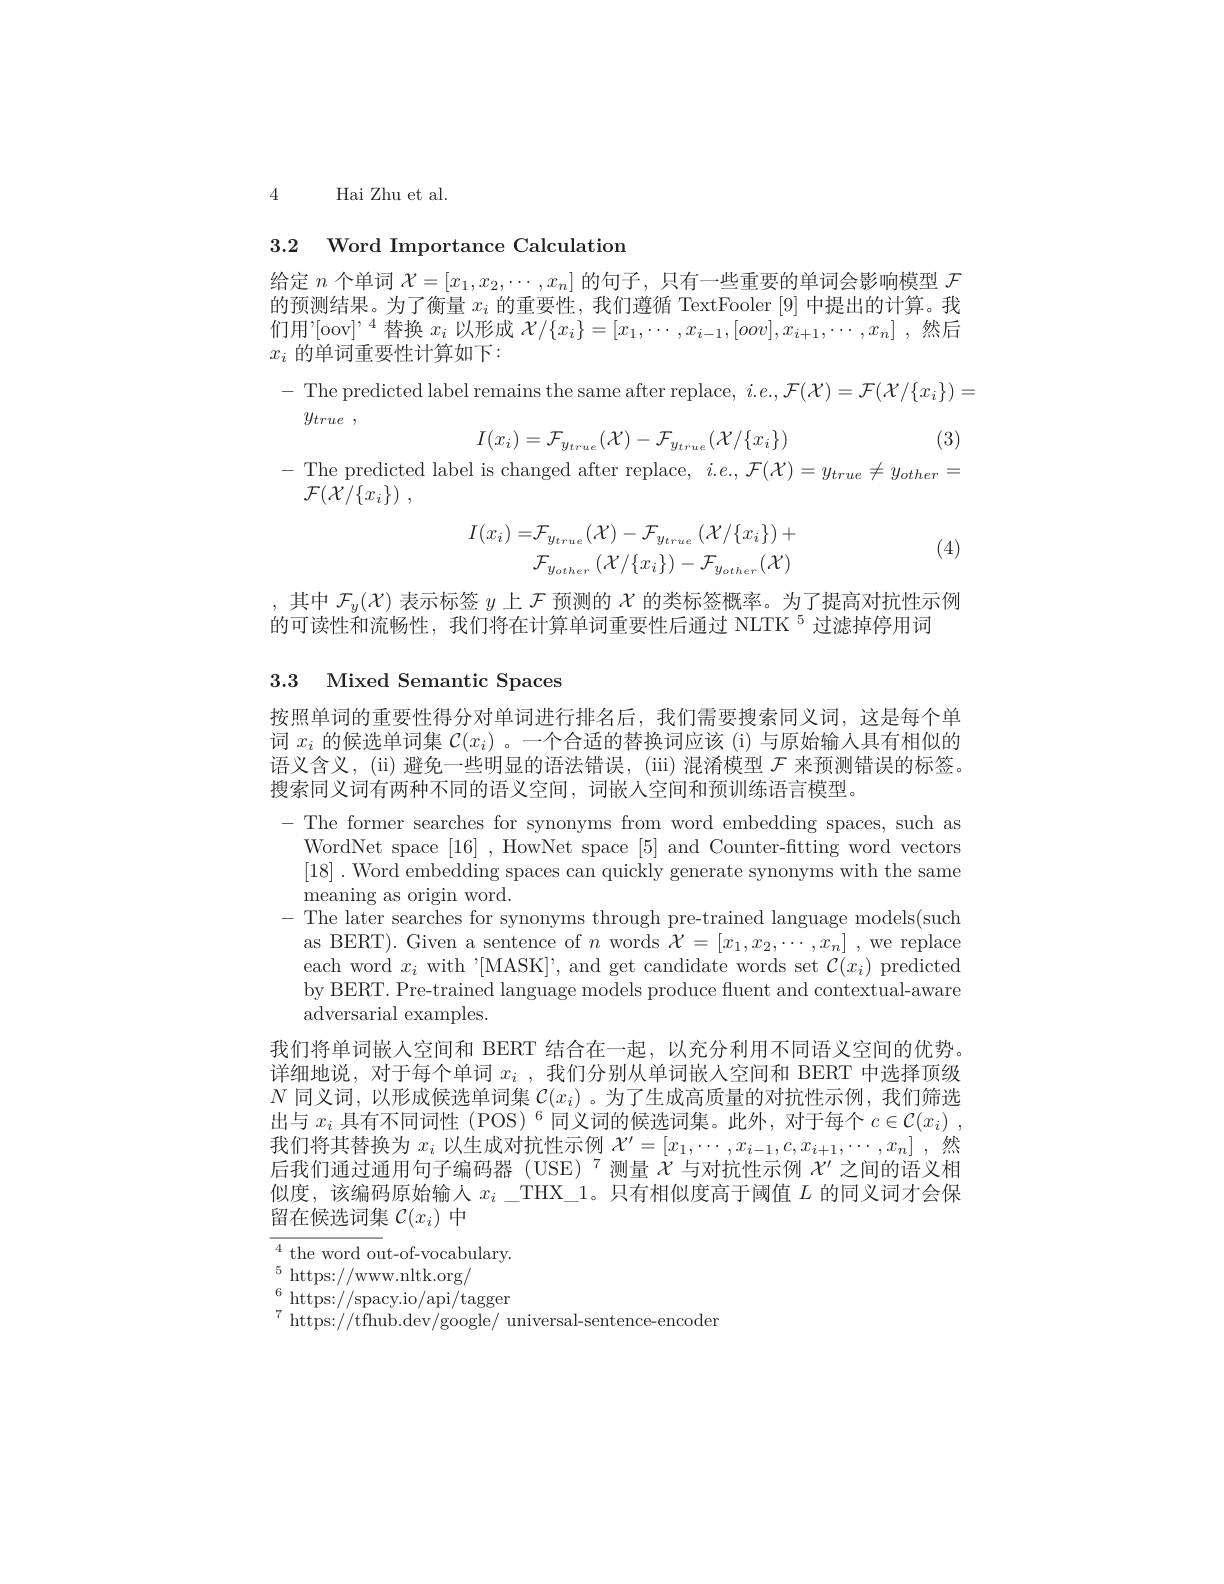
4

Hai Zhu et al.

3.2 Word Importance Calculation

给定$n$个单词$\mathcal{X}=[x_1,x_2,\cdots,x_n]$的句子，只有一些重要的单词会影响模型$\mathcal{F}$ 的预测结果。为了衡量$x_i$的重要性，我们遵循 TextFooler [9] 中提出的计算。我们用'[oov$]^,4$替换$x_i$以形成$\mathcal{X}/\{x_i\}=[x_1,\cdots,x_{i-1},[oov],x_{i+1},\cdots,x_n]$ ,然后

$x_i$ 的单词重要性计算如下：
$- {\mathrm{~The~predicted~label~remains~the~same~after~replace, ~}i. e. , \mathcal{F} }( \mathcal{X} ) = {\mathcal{F} }( \mathcal{X} / \{ x_i\} ) =$
$y_{true}$ ,
$$I(x_{i})=\mathcal{F}_{y_{true}}(\mathcal{X})-\mathcal{F}_{y_{true}}(\mathcal{X}/\{x_{i}\})$$
(3)

- The predicted label is changed after replace, $i.e.,\mathcal{F}(\mathcal{X})=y_{true}\neq y_{other}=$
$\mathcal{F} ( \mathcal{X} / \{ x_i\} )$ ,

(4)
$$\begin{aligned}I(x_{i})=&\mathcal{F}_{y_{true}}(\mathcal{X})-\mathcal{F}_{y_{true}}\:(\mathcal{X}/\{x_{i}\})+\\&\mathcal{F}_{y_{other}}\left(\mathcal{X}/\{x_{i}\}\right)-\mathcal{F}_{y_{other}}(\mathcal{X})\end{aligned}$$
,其中$\mathcal{F}_y(\mathcal{X})$表示标签$y$上$\mathcal{F}$预测的$\mathcal{X}$的类标签概率。为了提高对抗性示例
的可读性和流畅性，我们将在计算单词重要性后通过 NLTK $^{5}$过滤掉停用词

3.3 Mixed Semantic Spaces

按照单词的重要性得分对单词进行排名后，我们需要搜索同义词，这是每个单词$x_i$的候选单词集$\mathcal{C}(x_i)$ 。一个合适的替换词应该 (i) 与原始输入具有相似的语义含义，(ii) 避免一些明显的语法错误，(iii)混淆模型$\mathcal{F}$来预测错误的标签。搜索同义词有两种不同的语义空间，词嵌入空间和预训练语言模型。
-The former searches for synonyms from word embedding spaces, such as
WordNet space [16] , HowNet space [5] and Counter-fitting word vectors [18]. Word embedding spaces can quickly generate synonyms with the same meaning as origin word.
- The later searches for synonyms through pre-trained language models(such)
as BERT). Given a sentence of $n$ words $\mathcal{X}=[x_1,x_2,\cdots,x_n]$ , we replace each word $x_i$ with "[MASK]', and get candidate words set $\mathcal{C}(x_i)$ predicted by BERT. Pre-trained language models produce fluent and contextual-aware adversarial examples.
我们将单词嵌人空间和 BERT 结合在一起，以充分利用不同语义空间的优势。详细地说，对于每个单词$x_i$ ,我们分别从单词嵌人空间和 BERT 中选择顶级$N$同义词，以形成候选单词集$\mathcal{C}(x_i)$ 。为了生成高质量的对抗性示例，我们筛选出与$x_i$具有不同词性 (POS)$^6$同义词的候选词集。此外，对于每个$c\in \mathcal{C} ( x_i)$ , 我们将其替换为$x_i$以生成对抗性示例$\mathcal{X}^\prime=[x_1,\cdots,x_{i-1},c,x_{i+1},\cdots,x_n]$ ,然后我们通过通用句子编码器(USE)$^{7}$测量$\dot{\chi}$与对抗性示例$X^\prime$ 之间的语义相似度，该编码原始输人$x_i\_$THX\_1。只有相似度高于阈值$L$的同义词才会保留在候选词集$\mathcal{C}(x_i)$中
$^{4}$ the word out-of-vocabulary.

$\overset{6}{\operatorname*{\operatorname*{\operatorname*{https:}}}}//$spacy.io/api/tagger
$^{7}$https://tfhub.dev/google/ universal-sentence-encoder